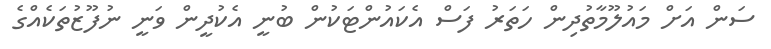
ސަން އަށް މައުލޫމާތުދިން ހަތަރު ފަސް އެކައުންޓަކުން ބުނީ އެކުދީން ވަނީ ނުފޫޒުތަކެއްގެ